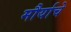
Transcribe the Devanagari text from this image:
मौर्याचे